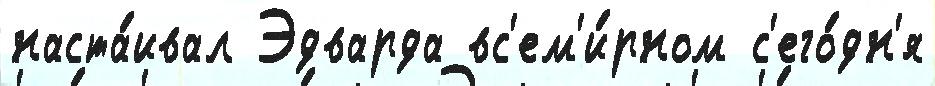
наста́ивал Эдварда вс'ем'и́рном с'его́дн'я